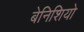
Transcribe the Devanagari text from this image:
बेनिशियो